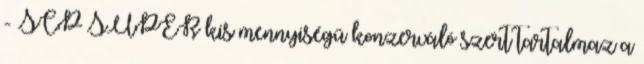
- SCP SUPER kis mennyiségű konzerváló szert tartalmaz a